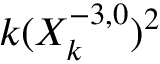
k ( X _ { k } ^ { - 3 , 0 } ) ^ { 2 }